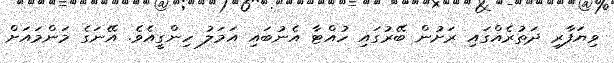
ވިޔަފާރި ދަތުރެއްގައި ރަށުން ބޭރުގައި ހުއްޓާ އެނުބައި އަމަލު ހިންގީއެވެ. އޭނަގެ މަންމައަށް